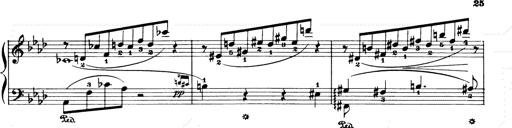
Title: Consolations and LiebestrÃ¤ume for the Piano
Composer: Franz Liszt